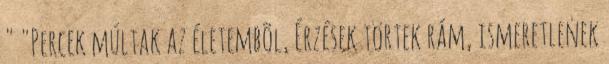
" "Percek múltak az életembõl, Érzések törtek rám, ismeretlenek